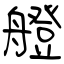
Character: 艠